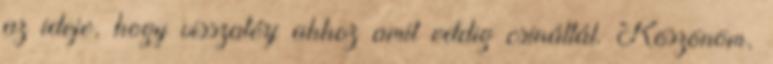
az ideje, hogy visszatérj ahhoz amit eddig csináltál. Köszönöm,